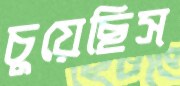
চুয়েছিস